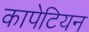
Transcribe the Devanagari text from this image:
कापेटियन